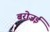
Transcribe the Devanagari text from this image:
बरोज़ई